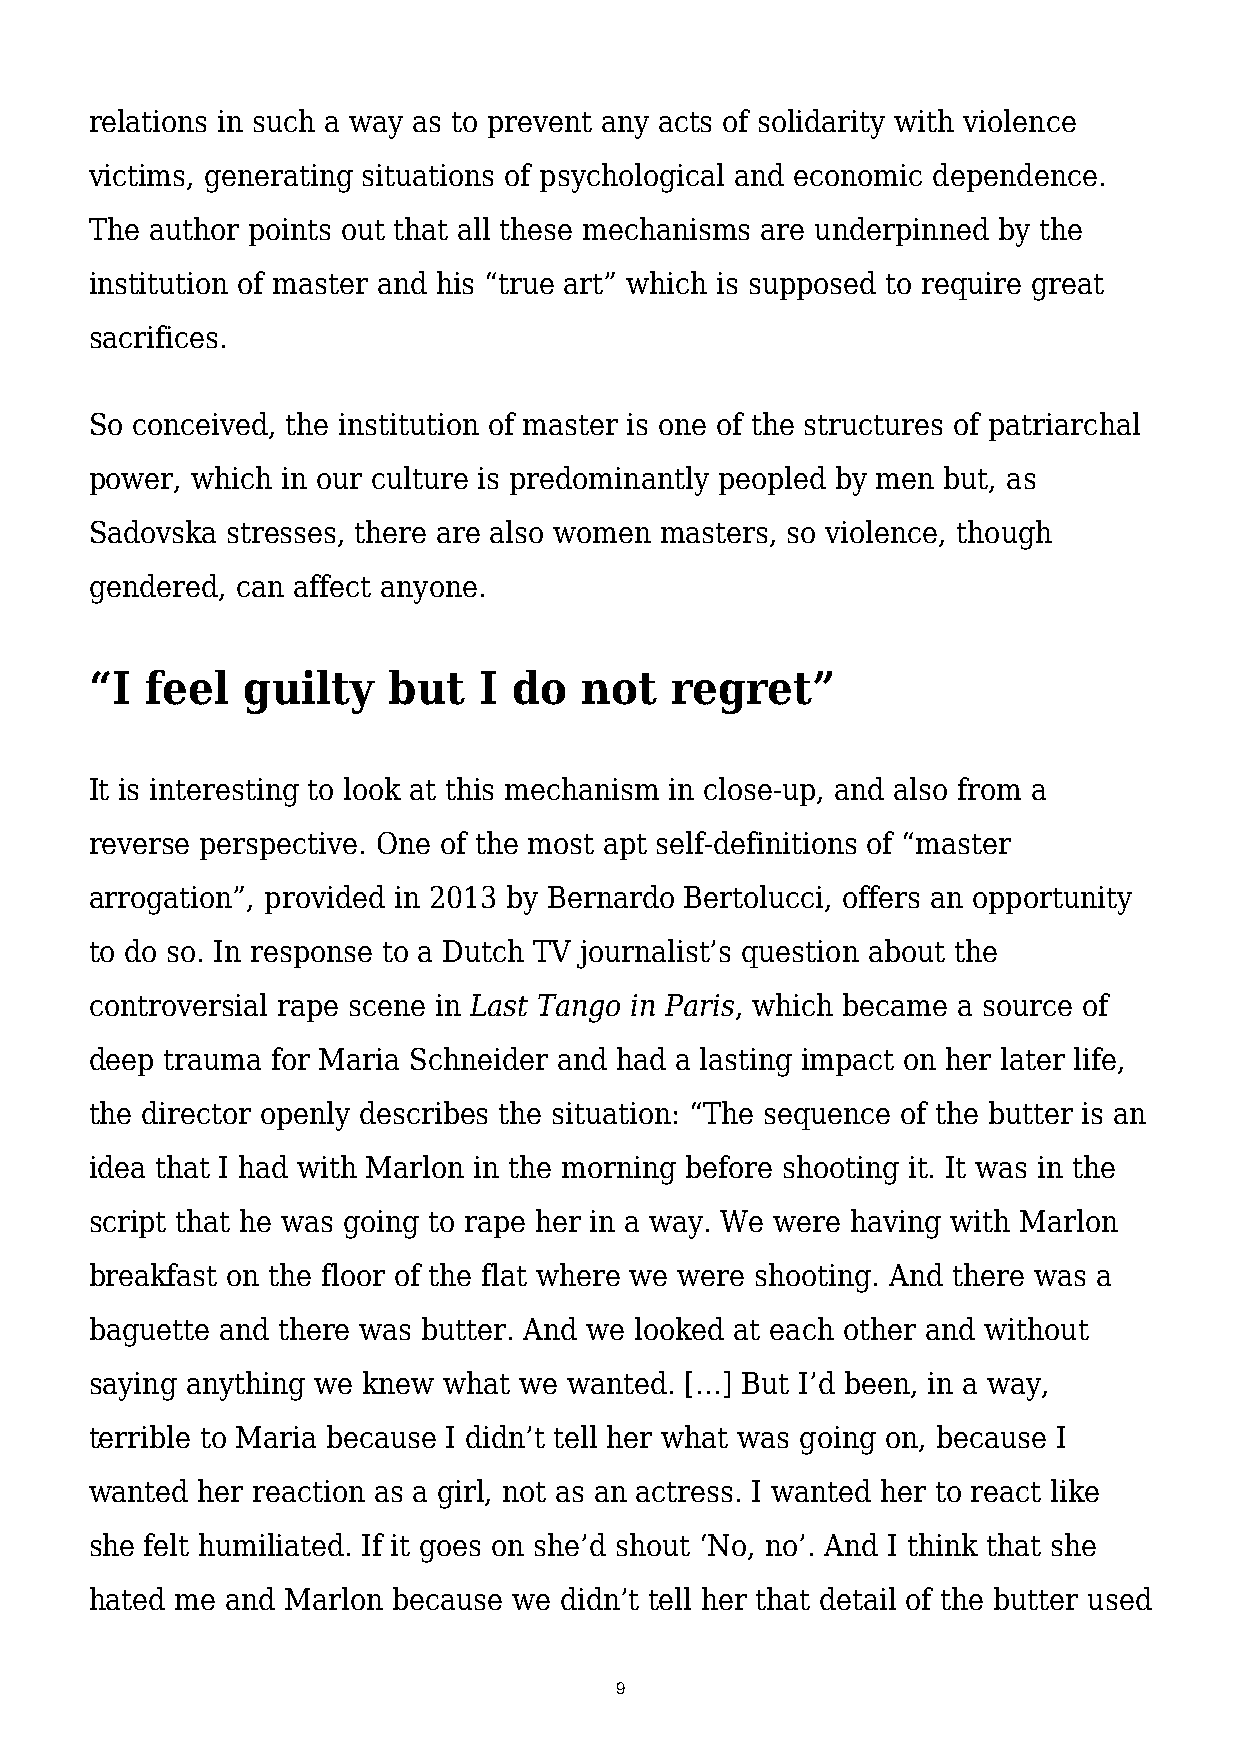
relations in such a way as to prevent any acts of solidarity with violence
 victims, generating situations of psychological and economic dependence.
 The author points out that all these mechanisms are underpinned by the
 institution of master and his “true art” which is supposed to require great
 sacrifices.
 So conceived, the institution of master is one of the structures of patriarchal
 power, which in our culture is predominantly peopled by men but, as
 Sadovska stresses, there are also women masters, so violence, though
 gendered, can affect anyone.
 “I  feel  guilty    but   I do  not   regret”
 It is interesting to look at this mechanism in close-up, and also from a
 reverse perspective. One of the most apt self-definitions of “master
 arrogation”, provided in 2013 by Bernardo Bertolucci, offers an opportunity
 to do so. In response to a Dutch TV journalist’s question about the
 controversial rape scene in Last Tango in Paris, which became a source of
 deep trauma for Maria Schneider and had a lasting impact on her later life,
 the director openly describes the situation: “The sequence of the butter is an
 idea that I had with Marlon in the morning before shooting it. It was in the
 script that he was going to rape her in a way. We were having with Marlon
 breakfast on the floor of the flat where we were shooting. And there was a
 baguette and there was butter. And we looked at each other and without
 saying anything we knew what we wanted. […] But I’d been, in a way,
 terrible to Maria because I didn’t tell her what was going on, because I
 wanted her reaction as a girl, not as an actress. I wanted her to react like
 she felt humiliated. If it goes on she’d shout ‘No, no’. And I think that she
 hated me and Marlon because we didn’t tell her that detail of the butter used
 9